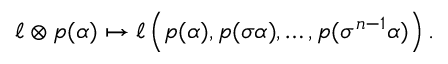
\ell \otimes p ( \alpha ) \mapsto \ell \left( p ( \alpha ) , p ( \sigma \alpha ) , \ldots , p ( \sigma ^ { n - 1 } \alpha ) \right) .